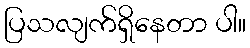
ပြသလျက်ရှိနေတာ ပါ။